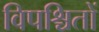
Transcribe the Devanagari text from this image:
विपश्चितों